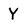
Character: Y